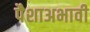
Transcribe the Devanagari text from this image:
पैशाअभावी